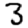
Digit: 3